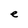
Character: e